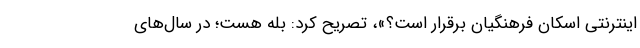
اینترنتی اسکان فرهنگیان برقرار است؟»، تصریح کرد: بله هست؛ در سال‌های